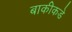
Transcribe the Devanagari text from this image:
बाकीकडे